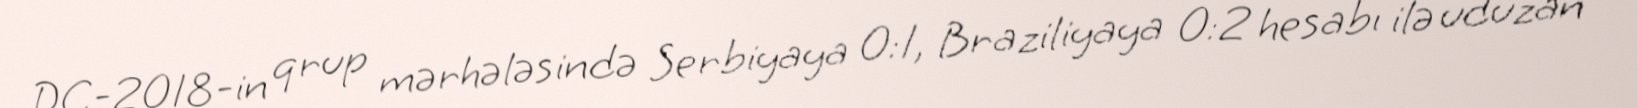
DÇ-2018-in qrup mərhələsində Serbiyaya 0:1, Braziliyaya 0:2 hesabı ilə uduzan